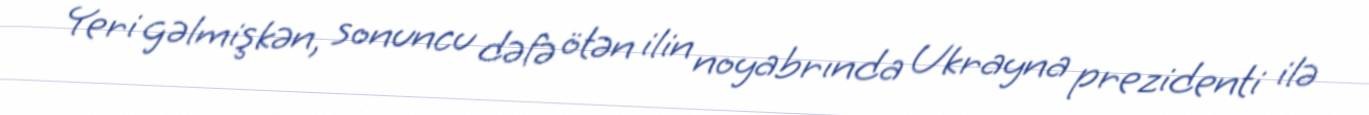
Yeri gəlmişkən, sonuncu dəfə ötən ilin noyabrında Ukrayna prezidenti ilə